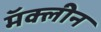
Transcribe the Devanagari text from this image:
मॅक्लीन